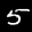
Digit: 5